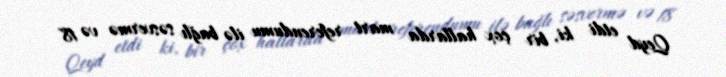
Qeyd etdi ki, bir çox hallarda mart referendumu ilə bağlı səsvermə və 18